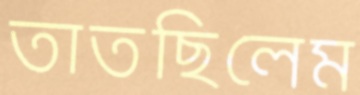
তাতছিলেম